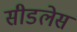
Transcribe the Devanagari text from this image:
सीडलेस